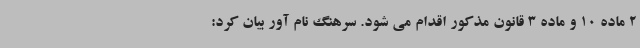
2 ماده 10 و ماده 3 قانون مذکور اقدام می شود. سرهنگ نام آور بیان کرد: